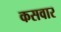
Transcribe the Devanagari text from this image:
कसवार